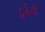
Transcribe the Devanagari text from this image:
दर्जनौं